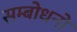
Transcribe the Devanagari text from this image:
सम्बोधनों